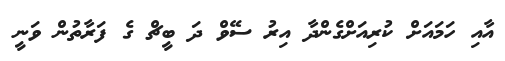
އާއި ހަމައަށް ކުރިއަށްގެންދާ އިރު ސޭވް ދަ ބީޗް ގެ ފަރާތުން ވަނީ